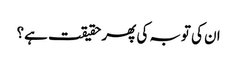
ان کی توبہ کی پھر حقیقت ہے؟